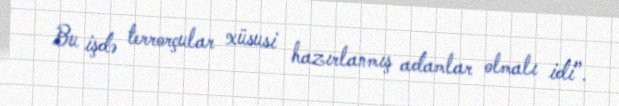
Bu işdə terrorçular xüsusi hazırlanmış adamlar olmalı idi”.